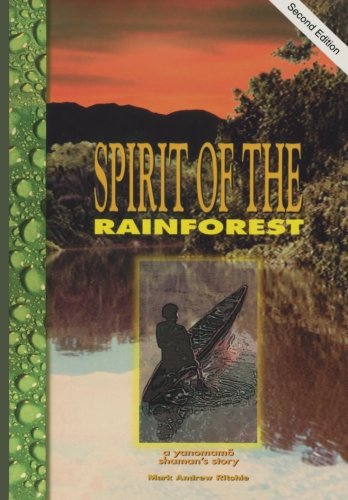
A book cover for Spirit of the Rainforest: A Yanomamo Shaman's Story; Mark Andrew Ritchie; Religion & Spirituality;